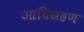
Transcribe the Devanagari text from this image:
आधिग्रहण